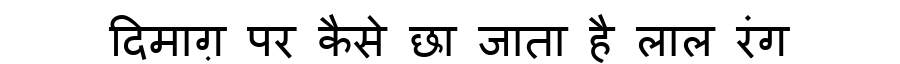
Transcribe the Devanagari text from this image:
दिमाग़ पर कैसे छा जाता है लाल रंग